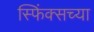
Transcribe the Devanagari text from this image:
स्फिंक्सच्या